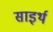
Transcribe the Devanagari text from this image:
साइर्थ